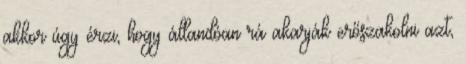
akkor úgy érzi, hogy állandóan rá akarják erőszakolni azt,